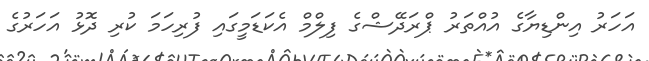
އަހަރު އިންޑިޔާގެ އުއްތަރު ޕްރަދޭޝްގެ ފިލްމް އެކަޑަމީގައި ފުރިހަމަ ކުރި ދޮޅު އަހަރުގެ